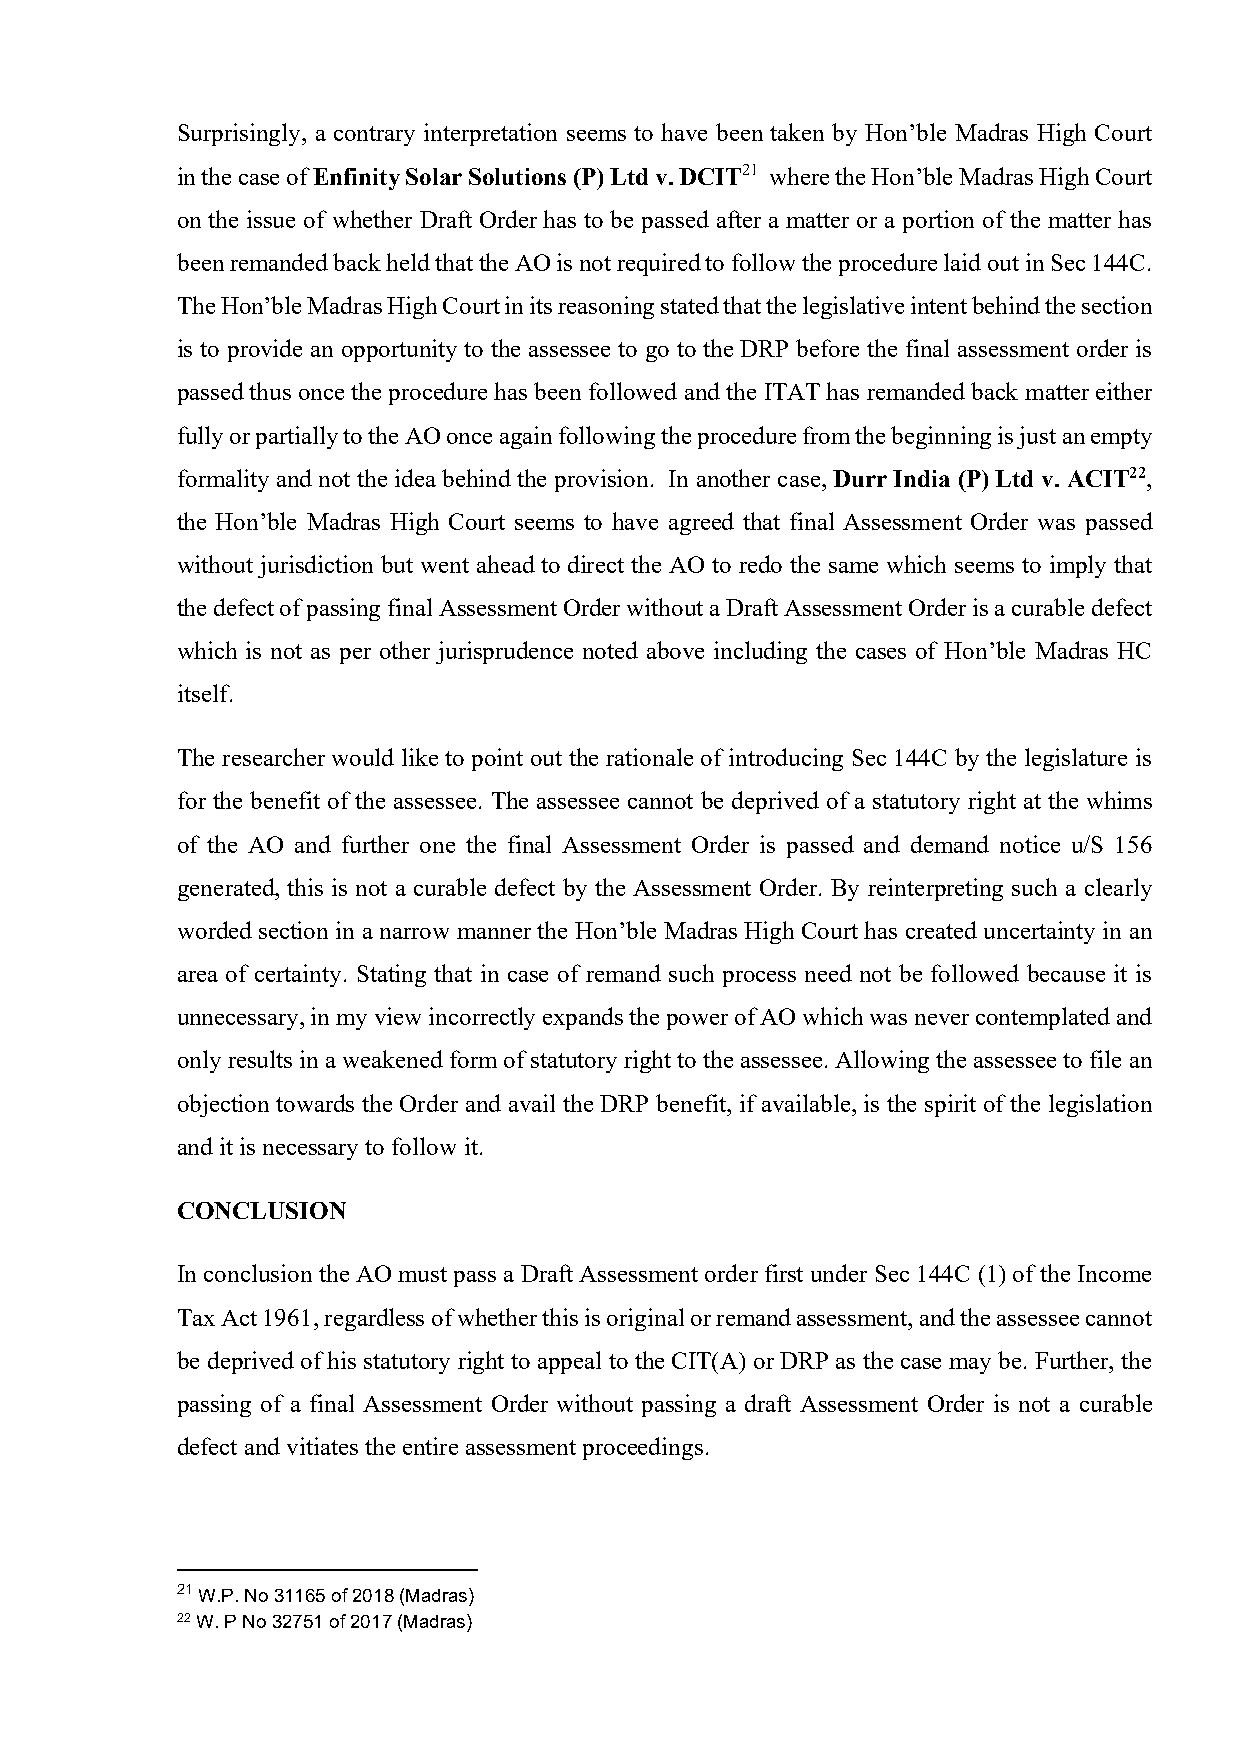
Surprisingly, a contrary interpretation seems to have been taken by Hon’ble Madras High Court
 in the case of Enfinity Solar Solutions (P) Ltd v. DCIT21 where the Hon’ble Madras High Court
 on the issue of whether Draft Order has to be passed after a matter or a portion of the matter has
 been remanded back held that the AO is not required to follow the procedure laid out in Sec 144C.
 The Hon’ble Madras High Court in its reasoning stated that the legislative intent behind the section
 is to provide an opportunity to the assessee to go to the DRP before the final assessment order is
 passed thus once the procedure has been followed and the ITAT has remanded back matter either
 fully or partially to the AO once again following the procedure from the beginning is just an empty
 formality and not the idea behind the provision. In another case, Durr India (P) Ltd v. ACIT22,
 the Hon’ble Madras High Court seems to have agreed that final Assessment Order was passed
 without jurisdiction but went ahead to direct the AO to redo the same which seems to imply that
 the defect of passing final Assessment Order without a Draft Assessment Order is a curable defect
 which is not as per other jurisprudence noted above including the cases of Hon’ble Madras HC
 itself.
 The researcher would like to point out the rationale of introducing Sec 144C by the legislature is
 for the benefit of the assessee. The assessee cannot be deprived of a statutory right at the whims
 of the AO and further one the final Assessment Order is passed and demand notice u/S 156
 generated, this is not a curable defect by the Assessment Order. By reinterpreting such a clearly
 worded section in a narrow manner the Hon’ble Madras High Court has created uncertainty in an
 area of certainty. Stating that in case of remand such process need not be followed because it is
 unnecessary, in my view incorrectly expands the power of AO which was never contemplated and
 only results in a weakened form of statutory right to the assessee. Allowing the assessee to file an
 objection towards the Order and avail the DRP benefit, if available, is the spirit of the legislation
 and it is necessary to follow it.
 CONCLUSION
 In conclusion the AO must pass a Draft Assessment order first under Sec 144C (1) of the Income
 Tax Act 1961, regardless of whether this is original or remand assessment, and the assessee cannot
 be deprived of his statutory right to appeal to the CIT(A) or DRP as the case may be. Further, the
 passing of a final Assessment Order without passing a draft Assessment Order is not a curable
 defect and vitiates the entire assessment proceedings.
 21 W.P. No 31165 of 2018 (Madras)
 22 W. P No 32751 of 2017 (Madras)